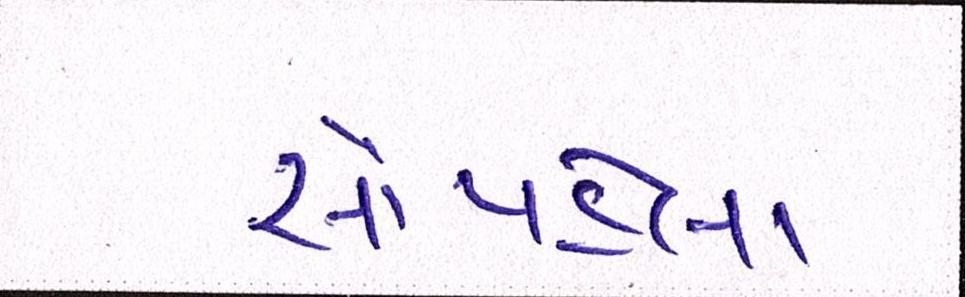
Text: સૌપહેલા